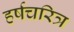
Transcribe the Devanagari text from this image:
हर्षचरित्र